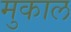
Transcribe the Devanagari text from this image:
मुकाल